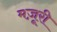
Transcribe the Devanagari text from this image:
मज़ूरी